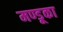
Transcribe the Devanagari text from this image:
मण्डूका